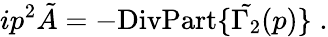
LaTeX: ip^{2}\tilde{A}=-\mathrm{DivPart}\{ \tilde{\Gamma_{2}}(p)\} \; .